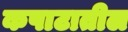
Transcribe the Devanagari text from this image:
कपाटातील